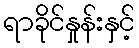
ရာခိုင်နှုန်းနှင့်